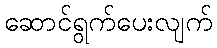
ဆောင်ရွက်ပေးလျက်